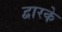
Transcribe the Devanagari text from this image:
द्वारके